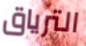
الترياق